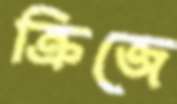
ক্রিজে